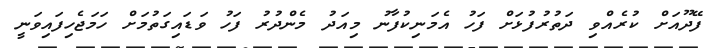
ފޭދޫއަށް ކުރެއްވި ދަތުރުފުޅަށް ފަހު އެމަނިކުފާނު މިއަދު މެންދުރު ފަހު ވަޑައިގަތުމަށް ހަމަޖެހިފައިވަނީ